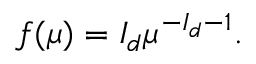
f ( \mu ) = I _ { d } \mu ^ { - I _ { d } - 1 } .